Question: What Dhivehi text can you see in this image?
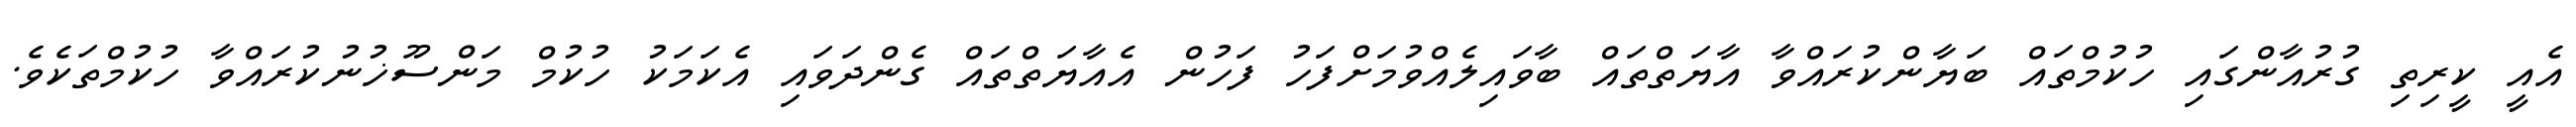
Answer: އެއީ ކީރިތި ގުރުއާންގައި ހުކުމްތައް ބަޔާންކުރައްވާ އާޔަތްތައް ބާވައިލެއްވުމަށްފަހު ފަހުން އެއާޔަތްތައް ގެންދަވައި އެކަމަކު ހުކުމް މަންސޫޚުނުކުރައްވާ ހުކުމްތަކެވެ.